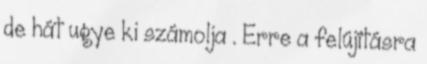
de hát ugye ki számolja . Erre a felújításra